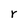
Character: r